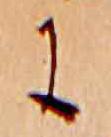
に